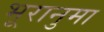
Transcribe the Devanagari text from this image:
भूरानुमा